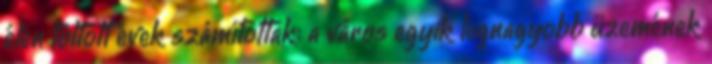
élén töltött évek számítottak: a város egyik legnagyobb üzemének